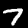
Label: 7